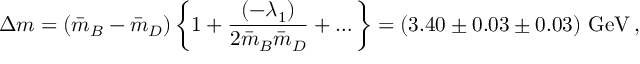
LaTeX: \Delta m = ( \bar { m } _ { B } - \bar { m } _ { D } ) \, \bigg \{ 1 + { \frac { ( - \lambda _ { 1 } ) } { 2 \bar { m } _ { B } \bar { m } _ { D } } } + \dots \bigg \} = ( 3 . 4 0 \pm 0 . 0 3 \pm 0 . 0 3 ) ~ \mathrm { G e V } \, ,